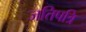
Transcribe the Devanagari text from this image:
जतिपत्रि